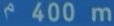
400m